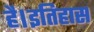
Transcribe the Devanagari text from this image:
है।इतिहास